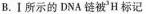
B.Ⅰ所示的DNA链被'H标记